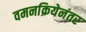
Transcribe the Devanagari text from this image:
वमनक्रियेनंतर